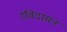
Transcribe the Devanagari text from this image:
रविदासन